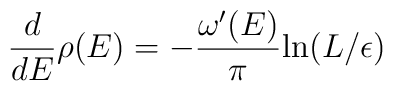
{d\over dE} \rho(E) =    -{\omega^\prime(E)\over\pi}{\rm ln}(L/\epsilon)